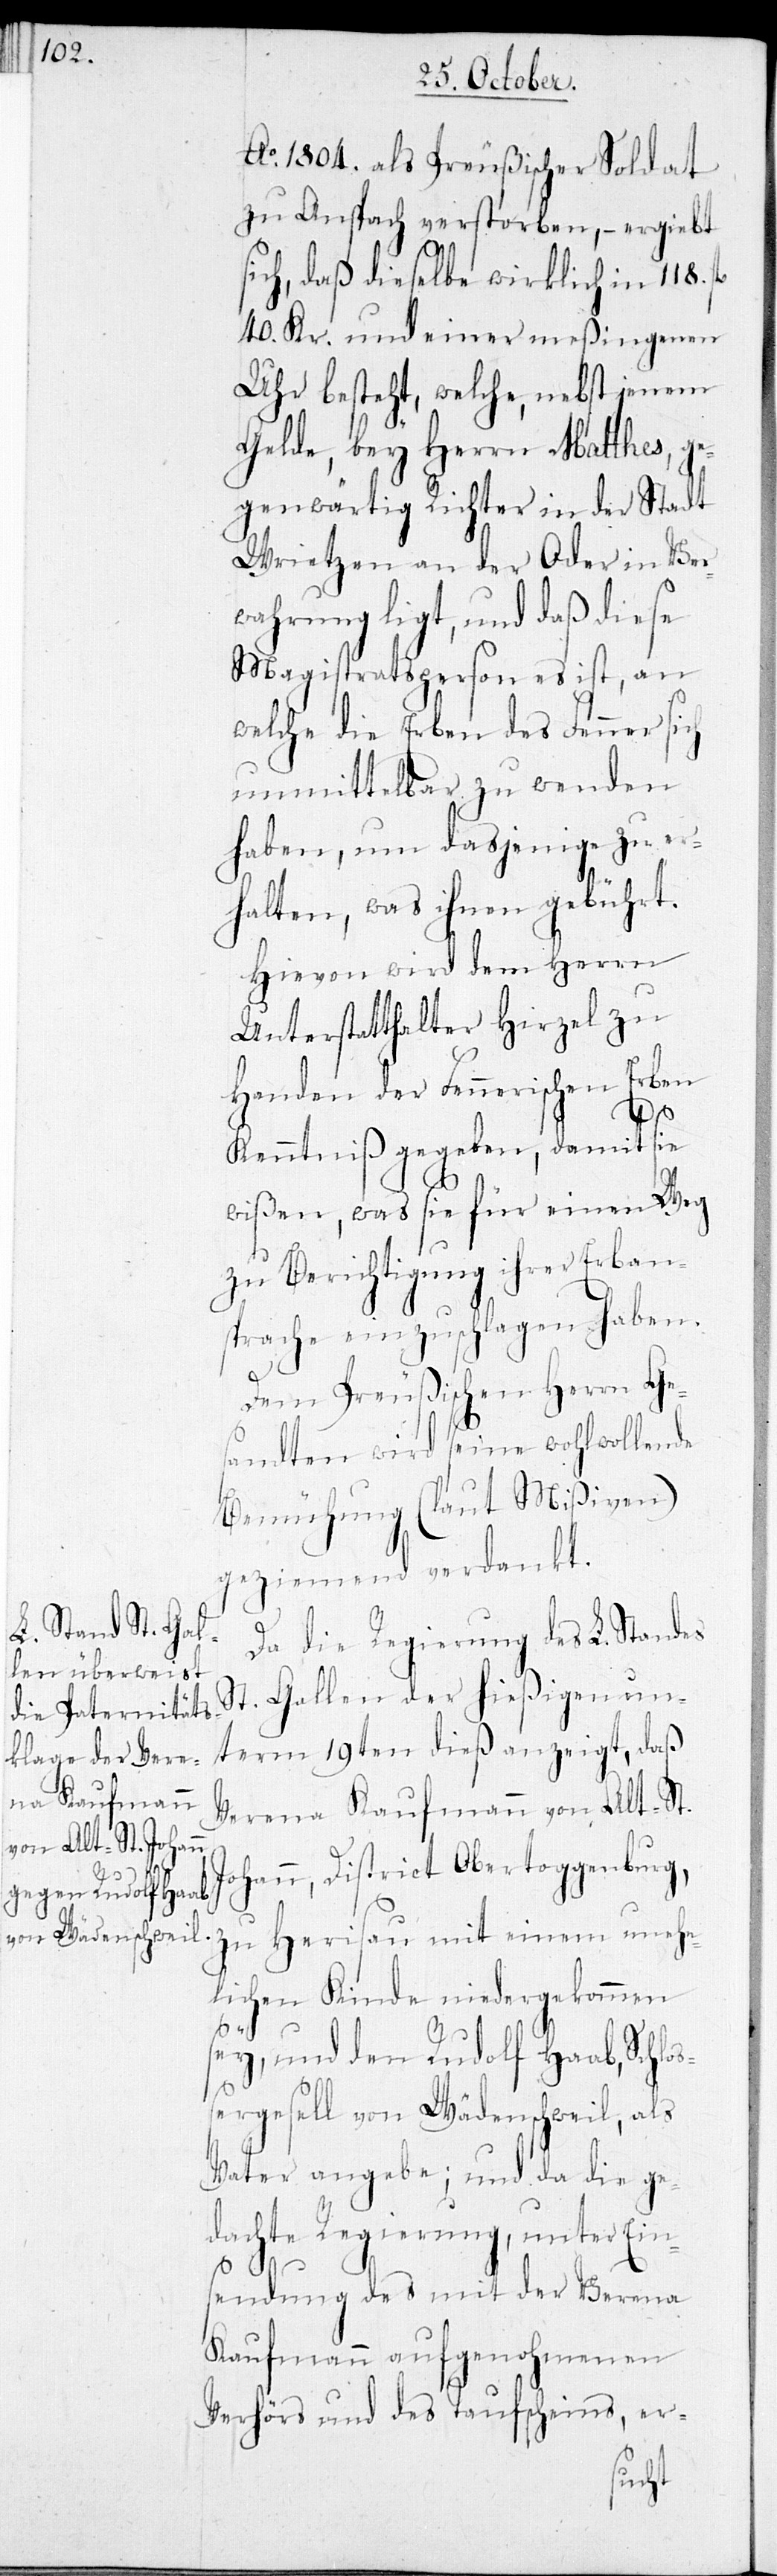
Ao. 1804. als Preußischer Soldat
zu Anspach verstorben, – ergiebt
sich, daß dieselbe wirklich in 118.
40. Kr. und einer meßingenen
Uhr besteht, welche, nebst jenem
Gelde, bey Herrn Matthes, ge¬
genwärtig Richter in der Stadt
Wrietzen an der Oder in Ver¬
wahrung ligt, und daß diese
Magistratsperson es ist, an
welche die Erben des Fenner sich
unmittelbar zu wenden
haben, um dasjenige zu er¬
halten, was ihnen gebührt.
Hievon wird dem Herrn
Unterstatthalter Hirzel zu
Handen der Fennerischen Erben
Kenntniß gegeben, damit sie
wißen, was sie für einen Weg
zu Berichtigung ihrer Erban¬
sprache einzuschlagen haben.
Dem Preußischen Herrn Ges¬
andten wird seine wohlwollende
Bemühung (laut Mißiven)
geziemend verdankt.
Da die Regierung des L. Standes
St. Gallen der hießigen un¬
term 19ten dieß anzeigt, daß
Verena Kaufmann von Alt-St.
Johann, District Obertoggenburg,
zu Herisau mit einem unehe¬
lichen Kinde niedergekommen
sey, und den Rudolf Haab, Schlo¬
ßergesell von Wädenschweil, als
Vater angebe; und da die ge¬
dachte Regierung, unter Ein¬
sendung des mit der Verena
Kaufmann aufgenohmenen
Verhörs und des Taufscheins, er-